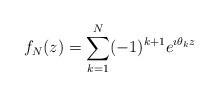
LaTeX: \begin{align*}f_{N}(z) = \sum_{k=1}^{N} (-1)^{k+1} e^{\imath \theta_{k} z}\end{align*}